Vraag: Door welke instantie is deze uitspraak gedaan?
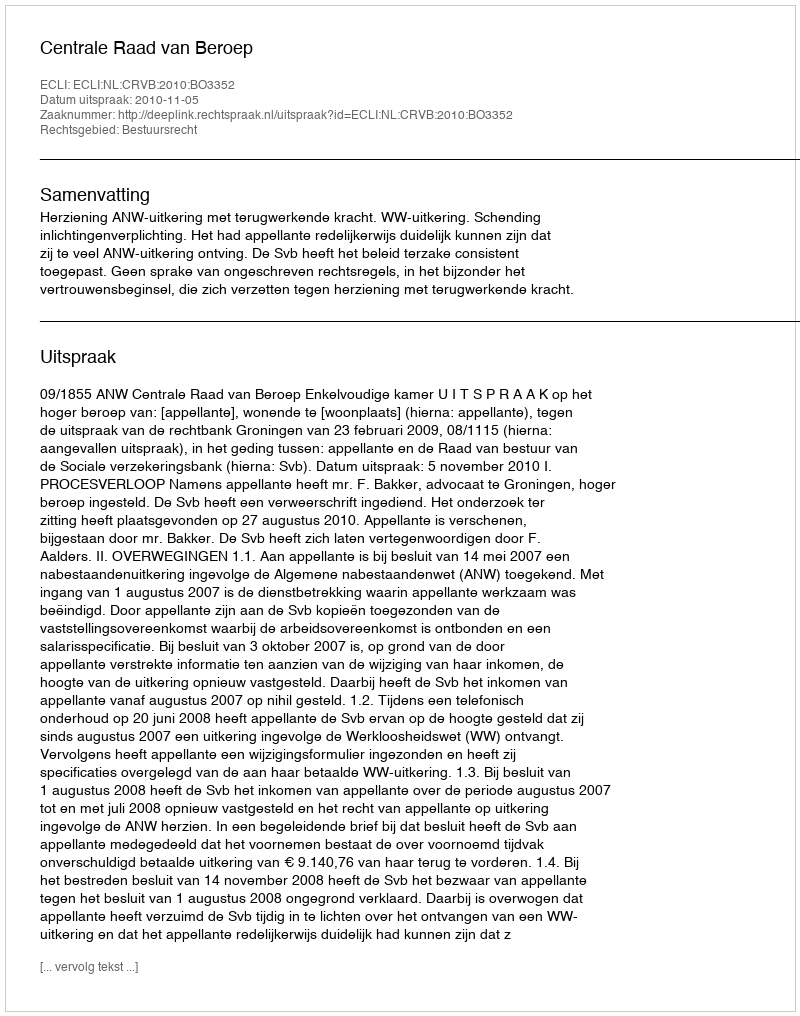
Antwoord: Centrale Raad van Beroep